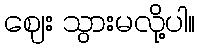
ဈေး သွားမလို့ပါ။